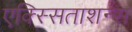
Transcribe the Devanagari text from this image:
एक्स्सिताशन्स